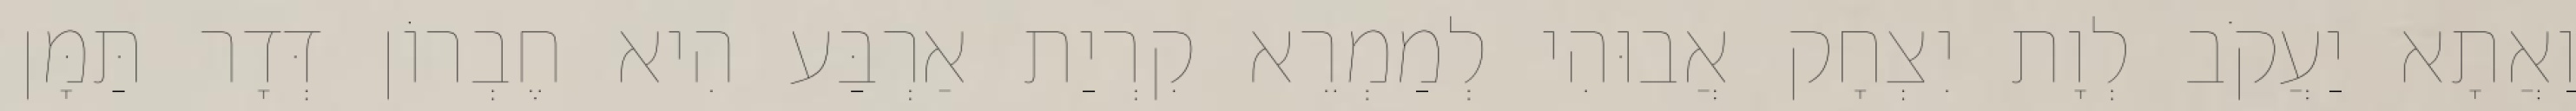
וַאֲתָא יַעֲקֹב לְוָת יִצְחָק אֲבוּהִי לְמַמְרֵא קִרְיַת אַרְבַּע הִיא חֶבְרוֹן דְּדָר תַּמָּן